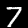
Label: 7